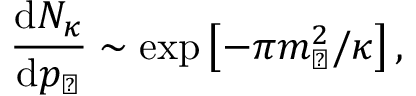
\frac { \mathrm { d } N _ { \kappa } } { \mathrm { d } p _ { \perp } } \sim \mathrm { e x p } \left[ - \pi m _ { \perp } ^ { 2 } / \kappa \right] ,